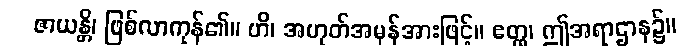
ဇာယန္တိ၊ ဖြစ်လာကုန်၏။ ဟိ၊ အဟုတ်အမှန်အားဖြင့်။ ဧတ္ထ၊ ဤအရာဌာန၌။